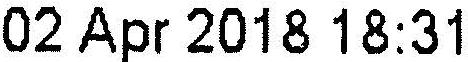
02 APR 2018 18:31